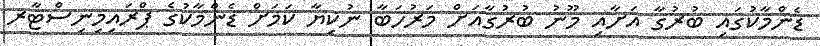
ޑެންމާކުގައި ބުރުގާ އަށާއި މޫނު ބުރުގާއަށް މަރުހަބާ ނުކިޔާ ކަމަށް ޑެންމާކުގެ ޕްރައިމިނިސްޓާރ